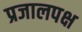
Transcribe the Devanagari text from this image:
प्रजालपक्ष